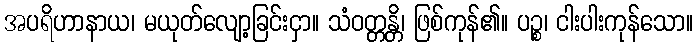
အပရိဟာနာယ၊ မယုတ်လျော့ခြင်းငှာ။ သံဝတ္တန္တိ၊ ဖြစ်ကုန်၏။ ပဉ္စ၊ ငါးပါးကုန်သော။